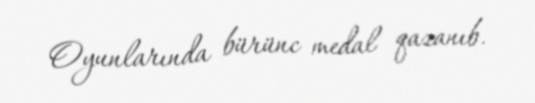
Oyunlarında bürünc medal qazanıb.